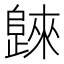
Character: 𣦨